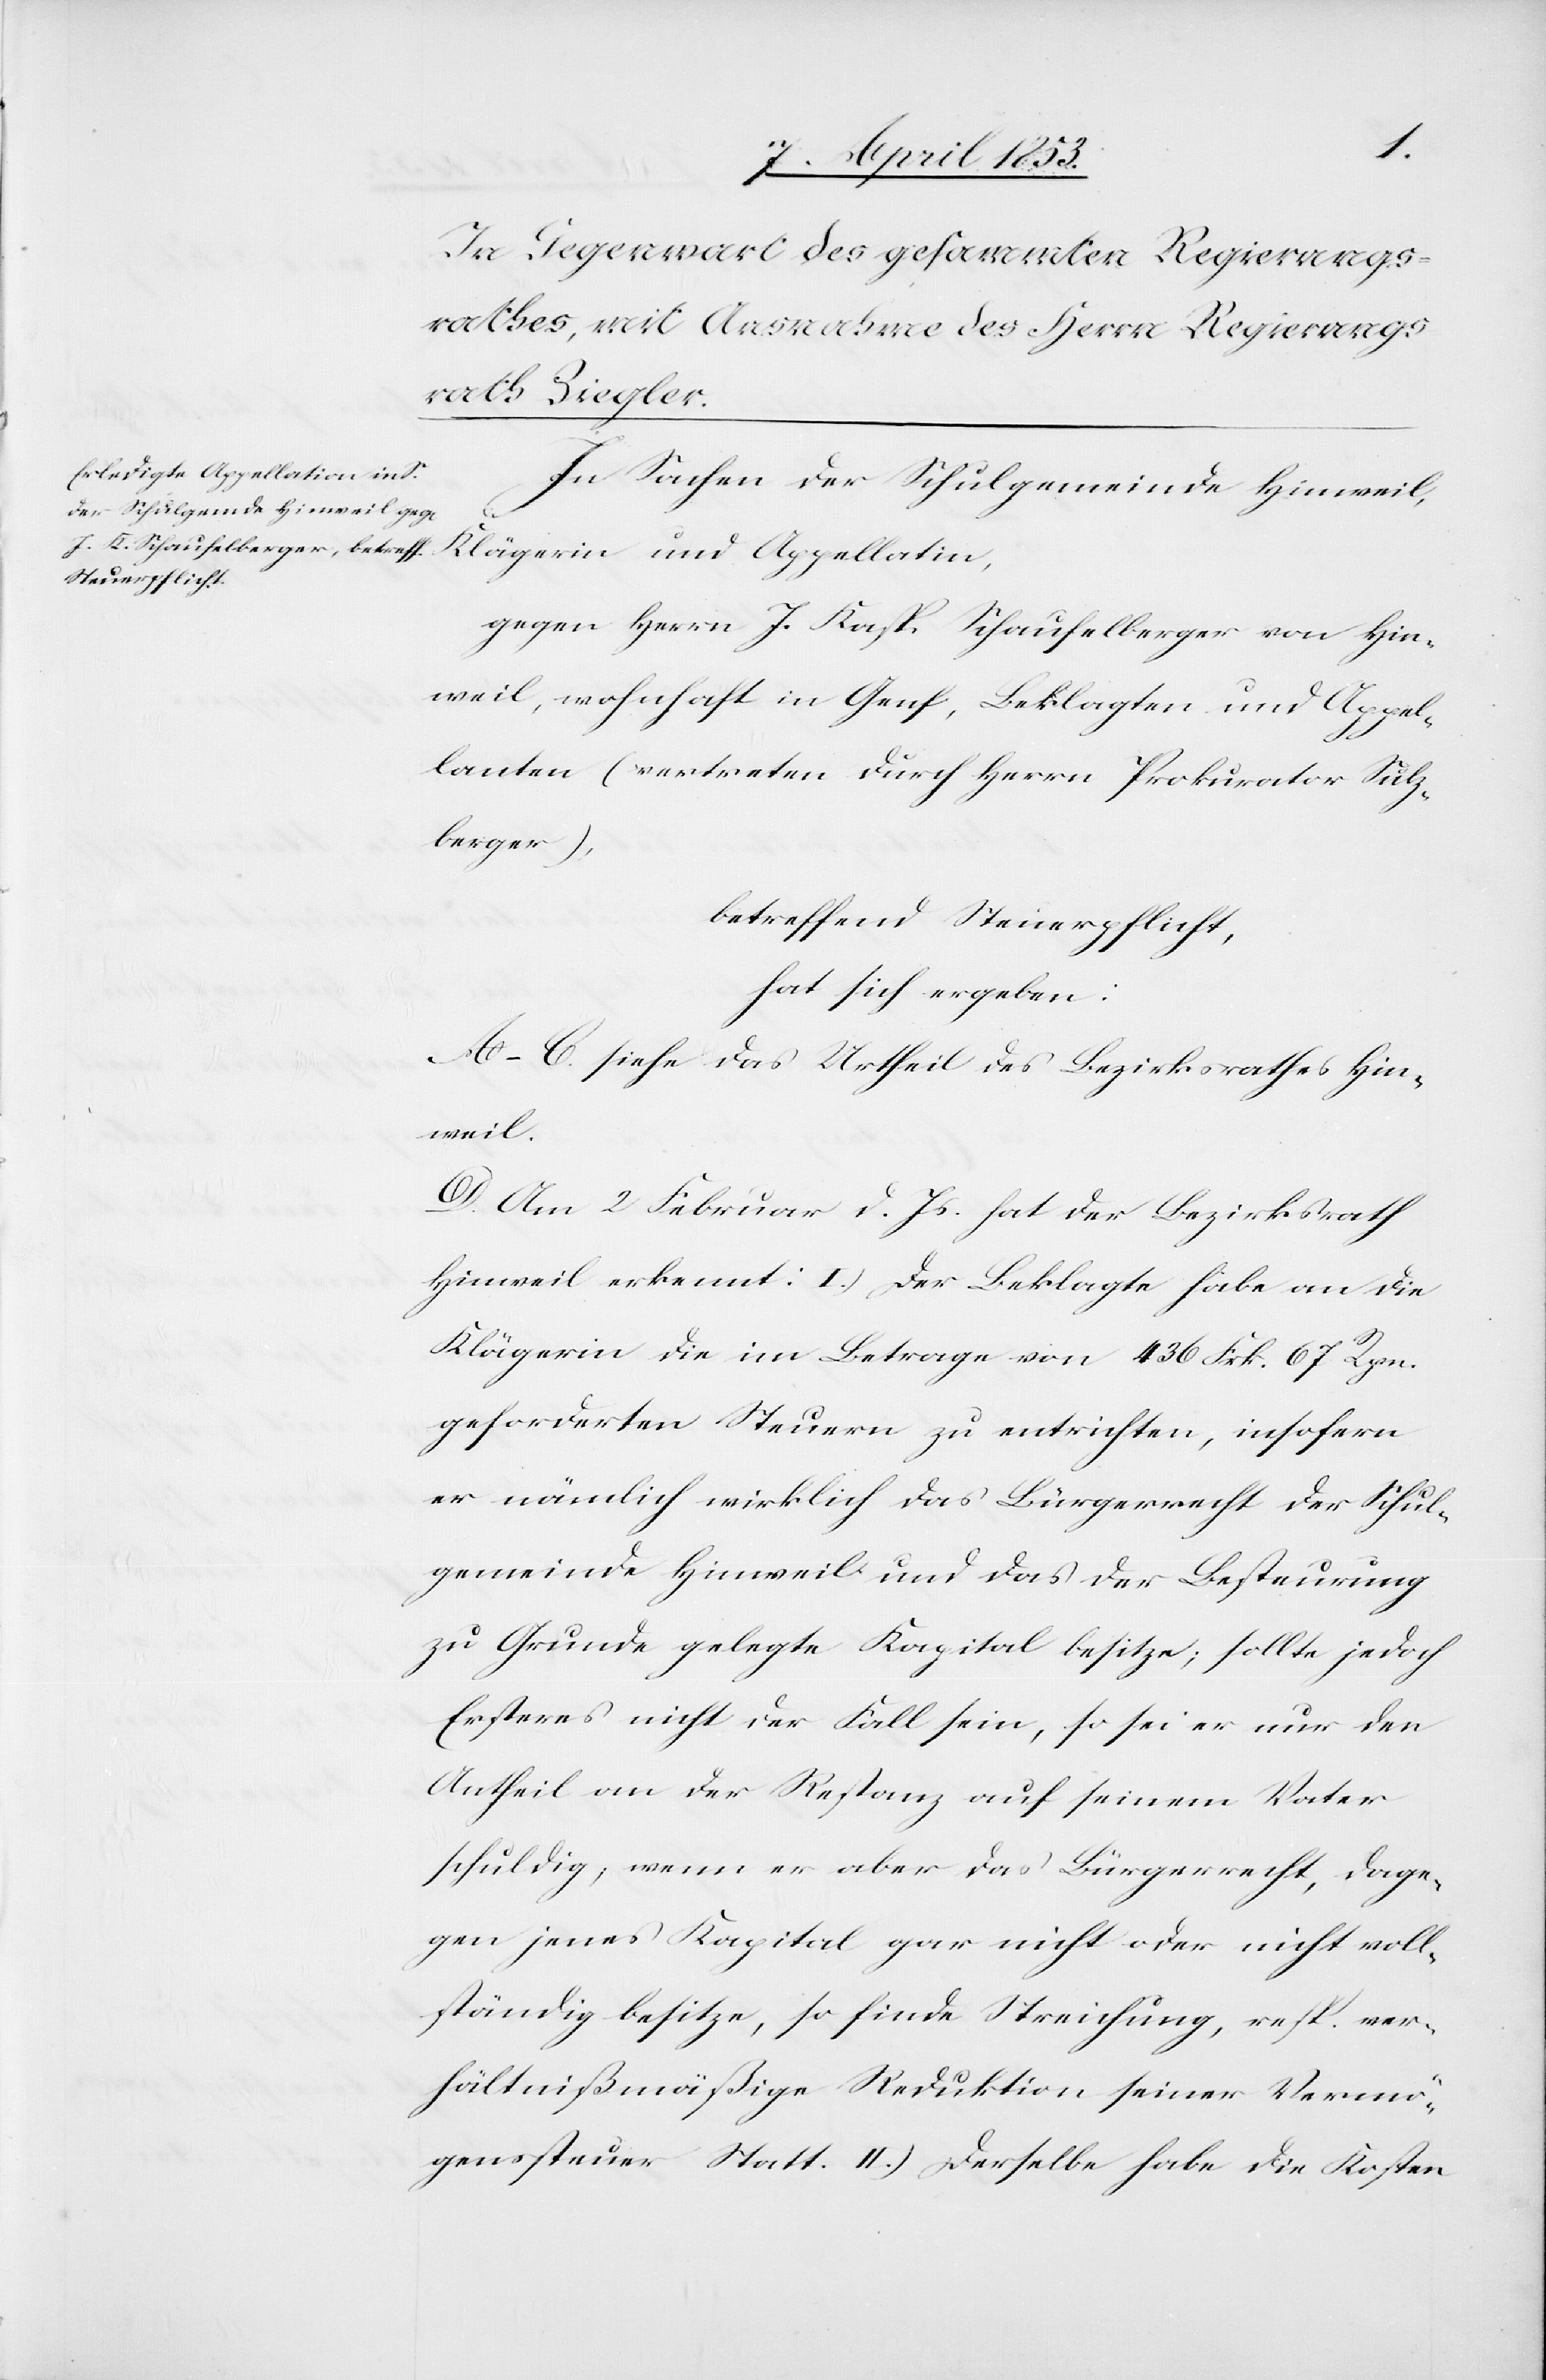
In Sachen der Schulgemeinde Hinweil,
Klägerin und Appellatin,
gegen Herrn J. Kasp. Schaufelberger von Hin¬
weil, wohnhaft in Genf, Beklagten und Appel¬
lanten (vertreten durch Herrn Prokurator Sulz¬
berger),
betreffend Steuerpflicht,
hat sich ergeben:
A–C. siehe das Urtheil des Bezirksrathes Hin¬
weil.
D. Am 2 Februar v. Js. hat der Bezirksrath
Hinweil erkennt: I.) Der Beklagte habe an die
Klägerin die im Betrage von 436 Frk. 67 Rpn.
geforderten Steuern zu entrichten, insofern
er nämlich wirklich das Bürgerrecht der Schul¬
gemeinde Hinweil und das der Besteuerung
zu Grunde gelegte Kapital besitze; sollte jedoch
Ersteres nicht der Fall sein, so sei er nur den
Antheil an der Restanz auf seinem Raster
schuldig, wenn er aber das Bürgerrecht, dage¬
gen jenes Kapital gar nicht oder nicht voll¬
ständig besitze, so finde Streichung, resp. ver¬
hältnißmäßige Reduktion seiner Vermö¬
genssteuer Statt. II.) Derselbe habe die Kosten